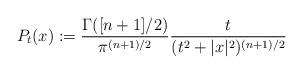
LaTeX: \begin{align*}P_t(x):=\frac{\Gamma([n+1]/2)}{\pi^{(n+1)/2}}\frac{t}{(t^2+|x|^2)^{(n+1)/2}}\end{align*}